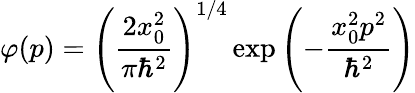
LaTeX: \varphi(p)=\left({\frac{2x_{0}^{2}}{\pi\hbar^{2}}}\right)^{1/4}\exp{\left(-{\frac{x_{0}^{2}p^{2}}{\hbar^{2}}}\right)}